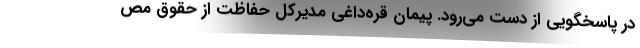
در پاسخگویی از دست می‌رود. پیمان قره‌داغی مدیرکل حفاظت از حقوق مص